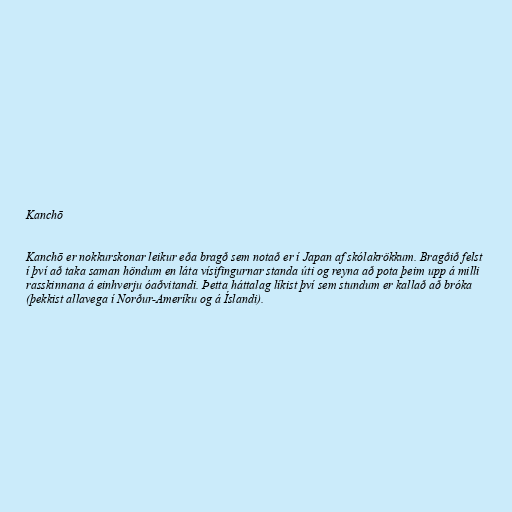
Kanchō

Kanchō er nokkurskonar leikur eða bragð sem notað er í Japan af skólakrökkum. Bragðið felst
í því að taka saman höndum en láta vísifingurnar standa úti og reyna að pota þeim upp á milli
rasskinnana á einhverju óaðvitandi. Þetta háttalag líkist því sem stundum er kallað að bróka
(þekkist allavega í Norður-Ameríku og á Íslandi).